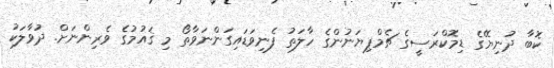
ކޮބާ ދުނިޔޭގެ ޑިމޮކްރަސީގެ ޗެމްޕިޔަނުންގެ ހާލަތު ފެނިވަޑައިގަންނަވާތޯ މި ޤައުމުގެ ވެރިންނަށް. ދުވާލަކު